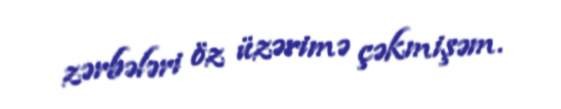
zərbələri öz üzərimə çəkmişəm.